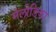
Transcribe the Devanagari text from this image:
मेलोडिका